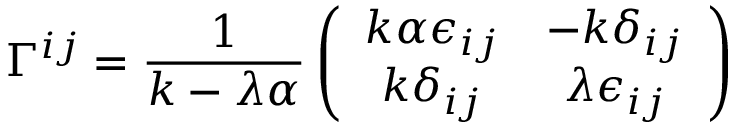
\Gamma ^ { i j } = \frac { 1 } { k - \lambda \alpha } \left( \begin{array} { c c } { { k \alpha \epsilon _ { i j } } } & { { - k \delta _ { i j } } } \\ { { k \delta _ { i j } } } & { { \lambda \epsilon _ { i j } } } \end{array} \right)